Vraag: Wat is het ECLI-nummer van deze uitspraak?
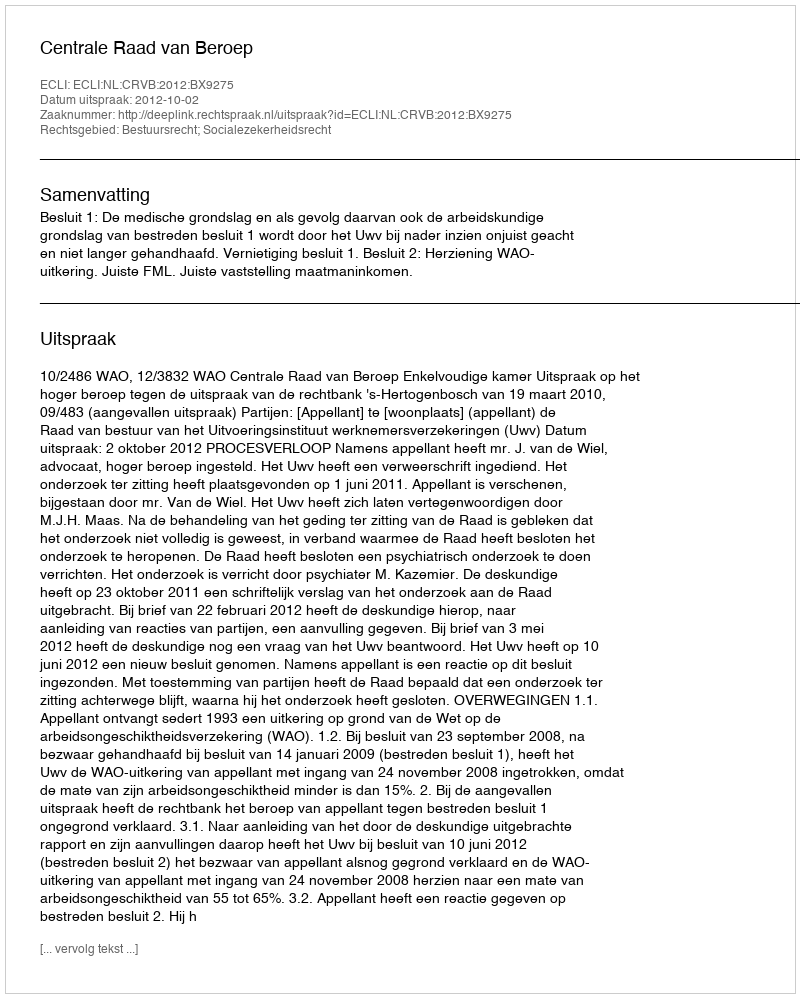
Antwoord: ECLI:NL:CRVB:2012:BX9275